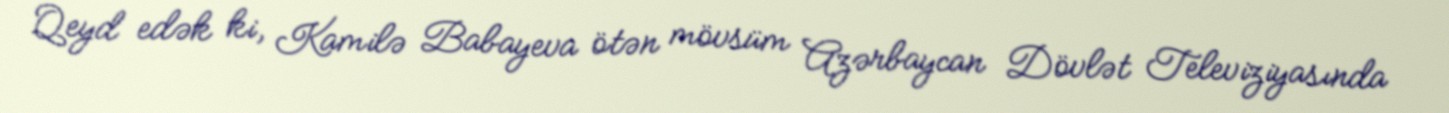
Qeyd edək ki, Kamilə Babayeva ötən mövsüm Azərbaycan Dövlət Televiziyasında